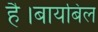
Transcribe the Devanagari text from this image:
है।बायबिल